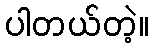
ပါတယ်တဲ့။